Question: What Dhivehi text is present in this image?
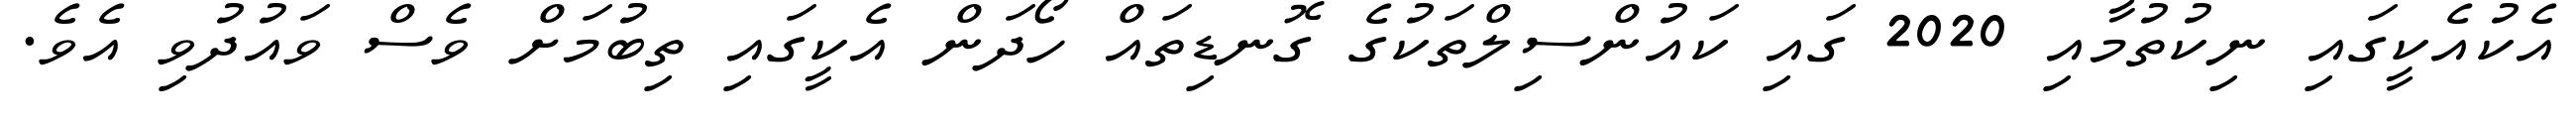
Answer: އެކުއެކީގައި ނިކުތުމާއި 2020 ގައި ކައުންސިލްތަކުގެ ގޮނޑިތައް ހޯދަން އެކީގައި ތިބުމަށް ވެސް ވައުދުވި އެވެ.